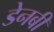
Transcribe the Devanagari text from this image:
डेनबी